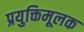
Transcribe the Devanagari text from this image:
प्रयुक्तिमूलक